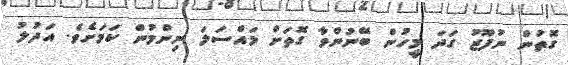
ގޮތުން ނުފޫޒު ގަދަ މީހުން ބޭނުންވާ ގޮތަށް މައްސަލަ ނިންމުން ކަމަށެވެ. އަދުލު